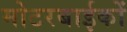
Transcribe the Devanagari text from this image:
मोटरबाईकों